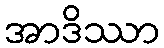
အာဒိဿာ